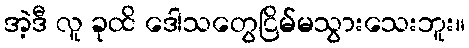
အဲ့ဒီ လူ ခုထိ ဒေါသတွေငြိမ်မသွားသေးဘူး။